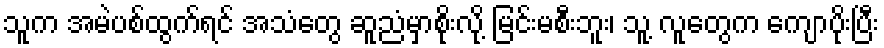
သူက အမဲပစ်ထွက်ရင် အသံတွေ ဆူညံမှာစိုးလို့ မြင်းမစီးဘူး၊ သူ့ လူတွေက ကျောပိုးပြီး